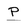
Character: P